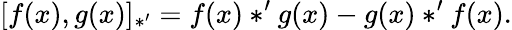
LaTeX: [f(x),g(x)]_{\ast^{\prime}}=f(x)*^{\prime}g(x)-g(x)*^{\prime}f(x).